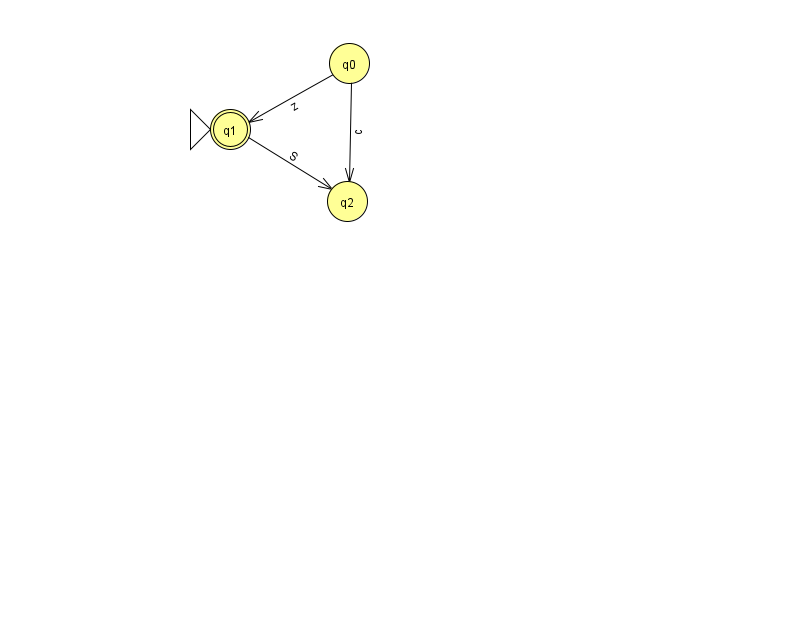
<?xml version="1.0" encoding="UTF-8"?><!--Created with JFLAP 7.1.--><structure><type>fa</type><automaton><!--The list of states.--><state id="0" name="q0"><x>349.0</x><y>50.0</y></state><state id="1" name="q1"><x>230.0</x><y>116.0</y><initial/><final/></state><state id="2" name="q2"><x>347.0</x><y>188.0</y></state><!--The list of transitions.--><transition><from>0</from><to>2</to><read>c</read></transition><transition><from>1</from><to>2</to><read>S</read></transition><transition><from>0</from><to>1</to><read>z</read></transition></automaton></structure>